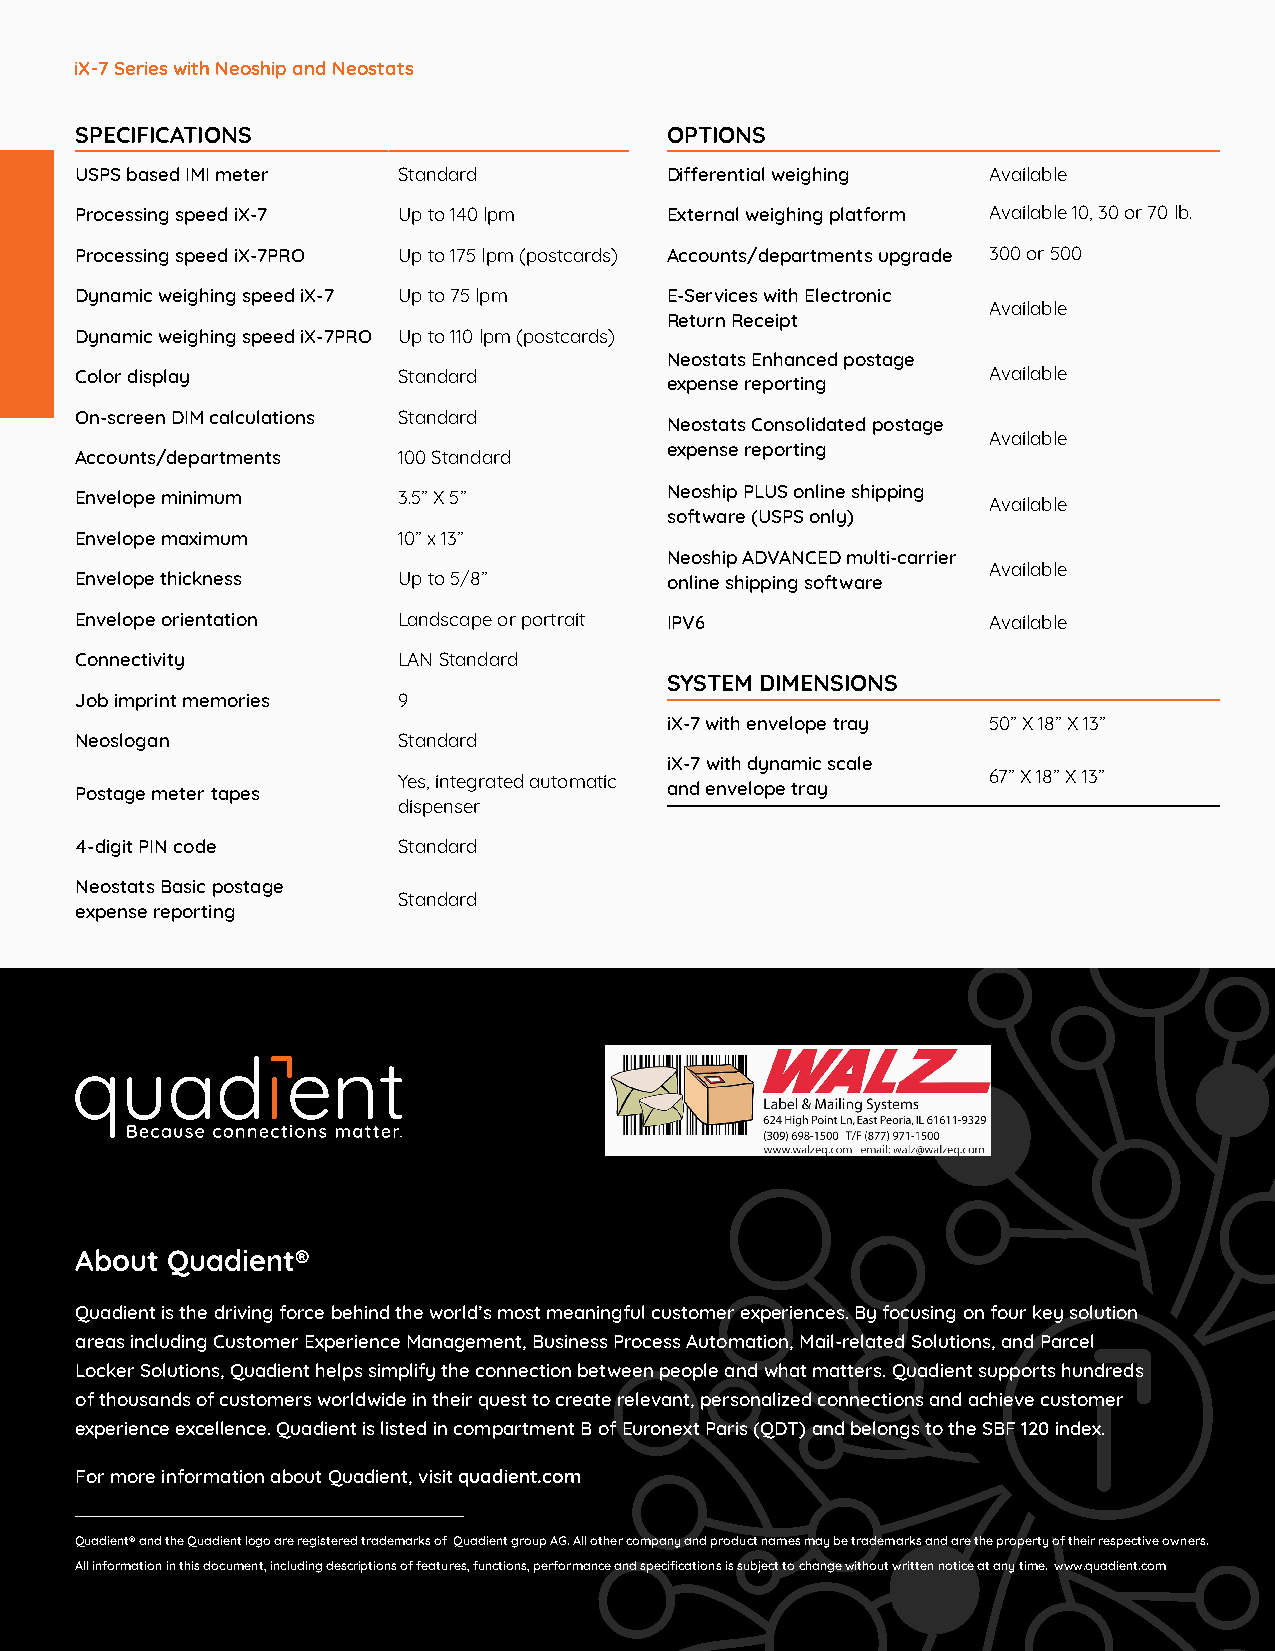
iX-7 Series with Neoship and Neostats
 SPECIFICATIONS                         OPTIONS
 USPS based IMI meter Standard          Differential weighing Available
 Processing speed iX-7 Up to 140 lpm    External weighing platform Available 10, 30 or 70 lb.
 Processing speed iX-7PRO Up to 175 lpm (postcards) Accounts/departments upgrade 300 or 500
 Dynamic weighing speed iX-7 Up to 75 lpm E-Services with Electronic
 Available
 Return Receipt
 Dynamic weighing speed iX-7PRO Up to 110 lpm (postcards)
 Neostats Enhanced postage
 Color display        Standard                               Available
 expense reporting
 On-screen DIM calculations Standard
 Neostats Consolidated postage
 Available
 expense reporting
 Accounts/departments 100 Standard
 Envelope minimum     3.5” X 5”         Neoship PLUS online shipping Available
 software (USPS only)
 Envelope maximum     10” x 13”
 Neoship ADVANCED multi-carrier
 Available
 Envelope thickness   Up to 5/8”        online shipping software
 Envelope orientation Landscape or portrait IPV6             Available
 Connectivity         LAN Standard
 SYSTEM DIMENSIONS
 Job imprint memories 9
 iX-7 with envelope tray 50” X 18” X 13”
 Neoslogan            Standard
 iX-7 with dynamic scale
 Yes, integrated automatic              67” X 18” X 13”
 Postage meter tapes                    and envelope tray
 dispenser
 4-digit PIN code     Standard
 Neostats Basic postage
 Standard
 expense reporting
 About Quadient®
 Quadient is the driving force behind the world’s most meaningful customer experiences. By focusing on four key solution
 areas including Customer Experience Management, Business Process Automation, Mail-related Solutions, and Parcel
 Locker Solutions, Quadient helps simplify the connection between people and what matters. Quadient supports hundreds
 of thousands of customers worldwide in their quest to create relevant, personalized connections and achieve customer
 experience excellence. Quadient is listed in compartment B of Euronext Paris (QDT) and belongs to the SBF 120 index.
 For more information about Quadient, visit quadient.com
 Quadient® and the Quadient logo are registered trademarks of Quadient group AG. All other company and product names may be trademarks and are the property of their respective owners.
 All information in this document, including descriptions of features, functions, performance and specifications is subject to change without written notice at any time. www.quadient.com